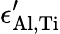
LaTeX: \epsilon_{\mathrm{Al,Ti}}^{\prime}